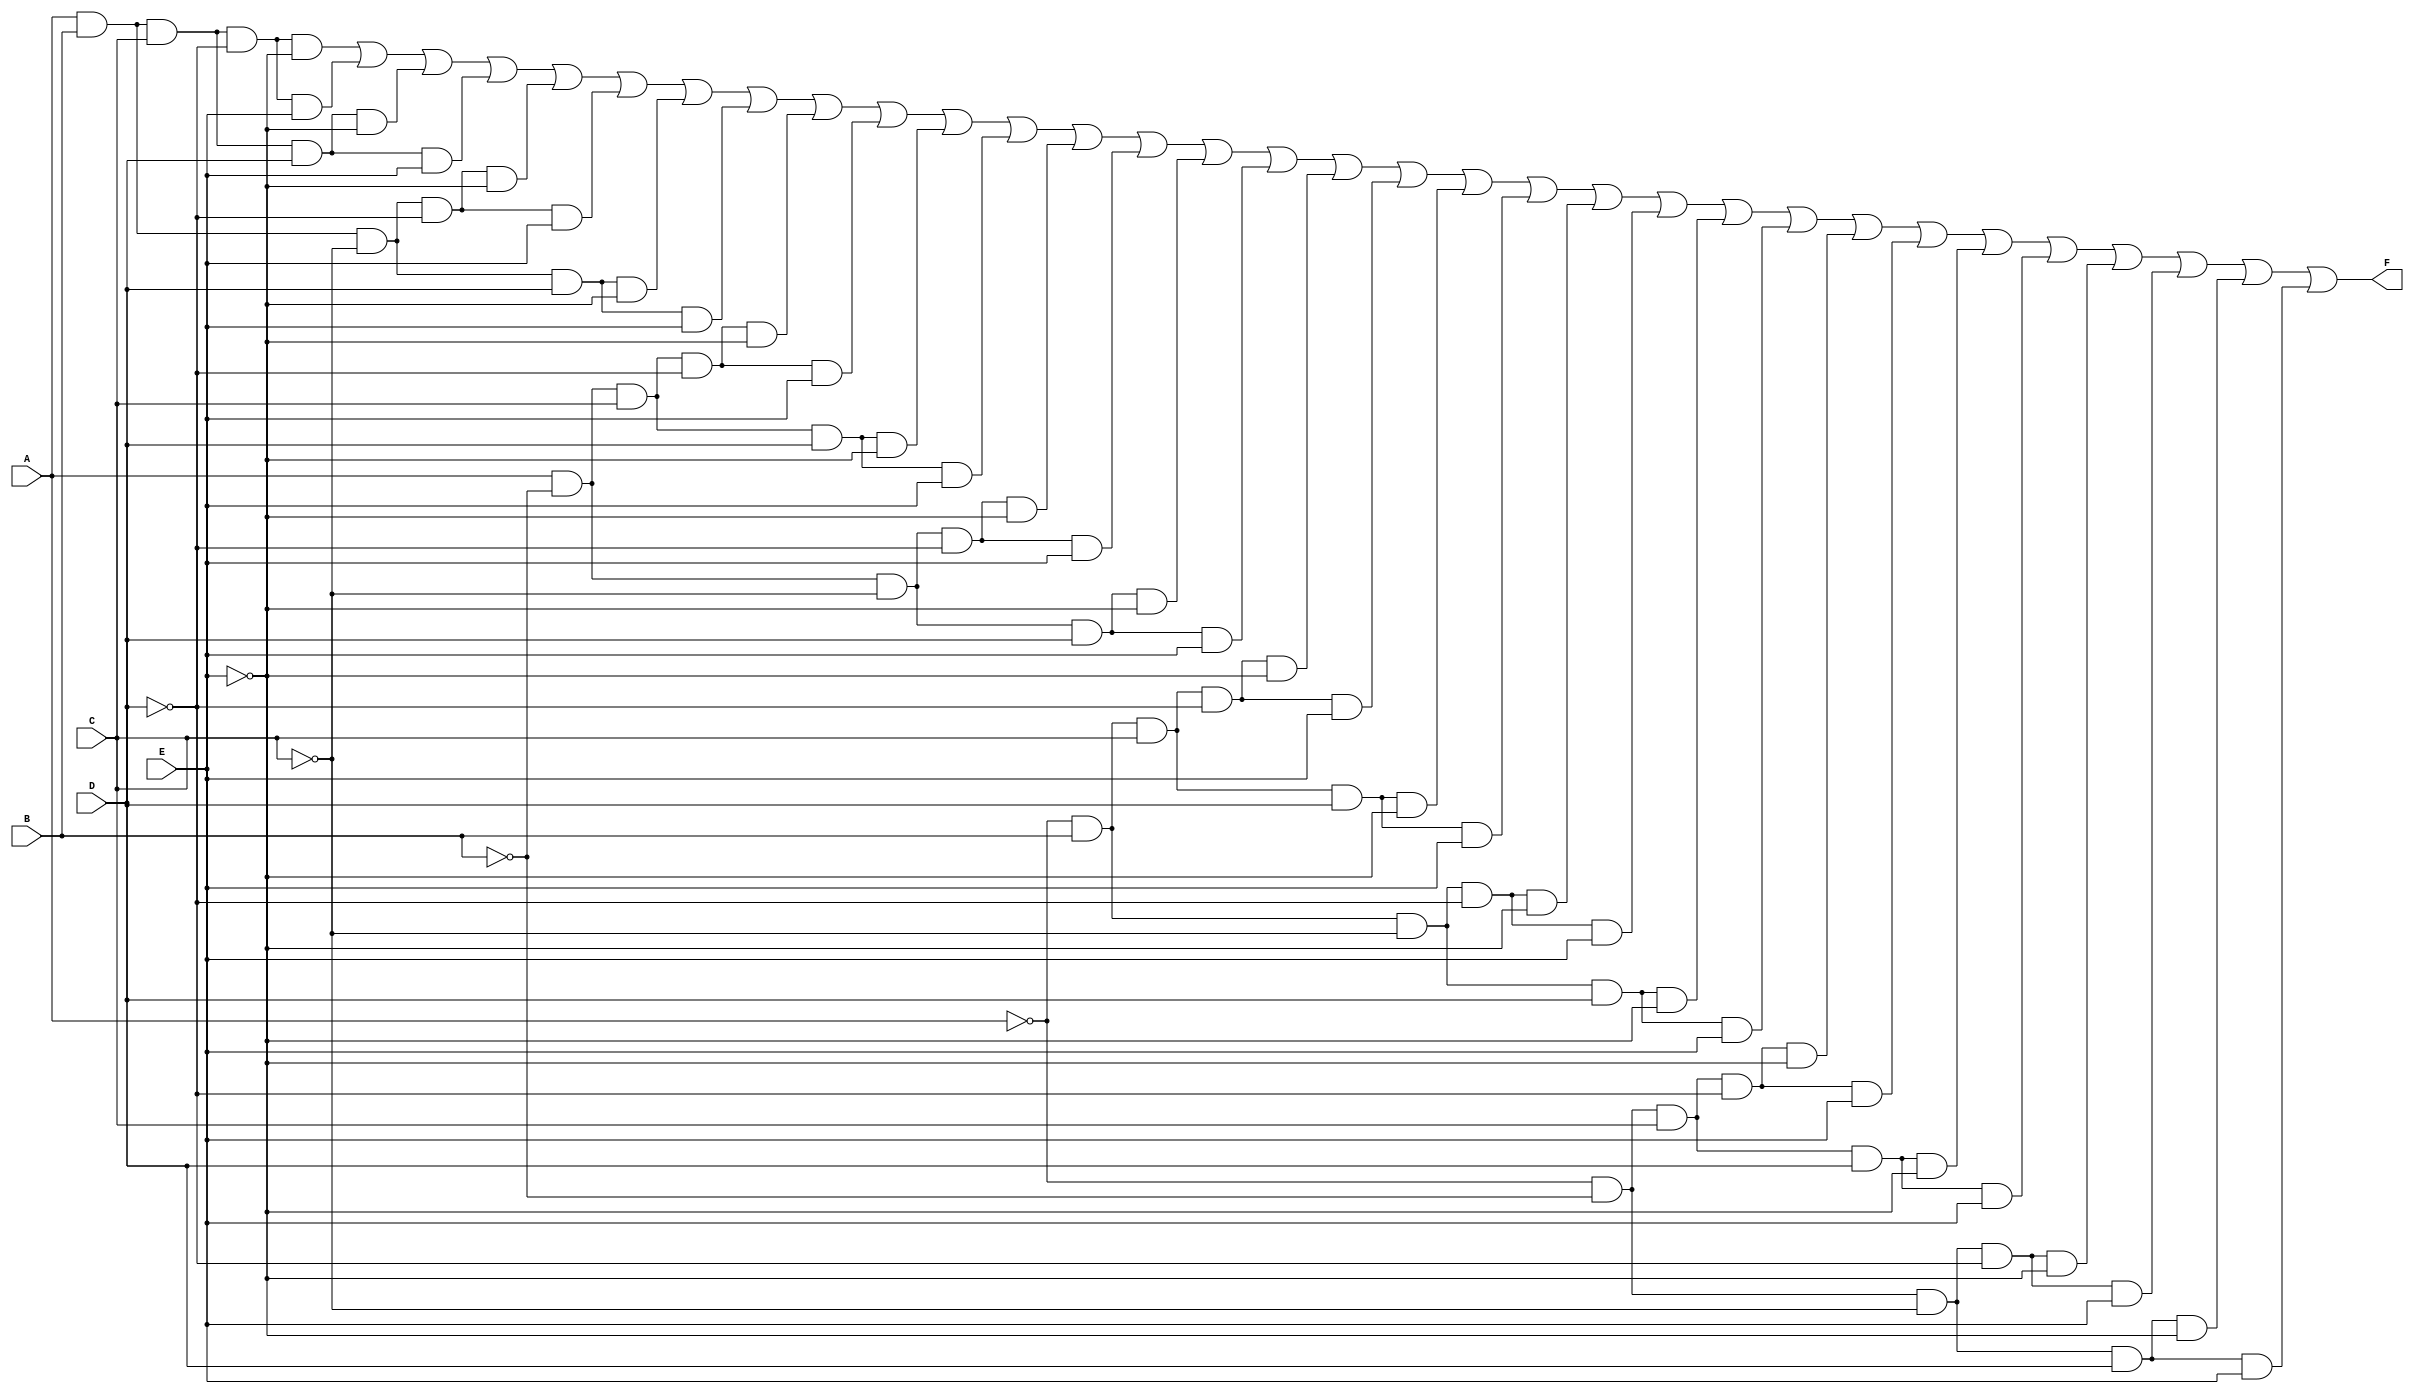
module kmap_5var (
    input wire A,  // Input variable A
    input wire B,  // Input variable B
    input wire C,  // Input variable C
    input wire D,  // Input variable D
    input wire E,  // Input variable E
    output wire F  // Output function F
);

// K-map implementation
assign F = 
    (A & B & C & ~D & ~E) | // Cell 0
    (A & B & C & ~D & E)  | // Cell 1
    (A & B & C & D & ~E)  | // Cell 2
    (A & B & C & D & E)   | // Cell 3
    (A & B & ~C & ~D & ~E) | // Cell 4
    (A & B & ~C & ~D & E)  | // Cell 5
    (A & B & ~C & D & ~E)  | // Cell 6
    (A & B & ~C & D & E)   | // Cell 7
    (A & ~B & C & ~D & ~E) | // Cell 8
    (A & ~B & C & ~D & E)  | // Cell 9
    (A & ~B & C & D & ~E)  | // Cell 10
    (A & ~B & C & D & E)   | // Cell 11
    (A & ~B & ~C & ~D & ~E) | // Cell 12
    (A & ~B & ~C & ~D & E)  | // Cell 13
    (A & ~B & ~C & D & ~E)  | // Cell 14
    (A & ~B & ~C & D & E)   | // Cell 15
    (~A & B & C & ~D & ~E)  | // Cell 16
    (~A & B & C & ~D & E)   | // Cell 17
    (~A & B & C & D & ~E)   | // Cell 18
    (~A & B & C & D & E)    | // Cell 19
    (~A & B & ~C & ~D & ~E) | // Cell 20
    (~A & B & ~C & ~D & E)  | // Cell 21
    (~A & B & ~C & D & ~E)  | // Cell 22
    (~A & B & ~C & D & E)   | // Cell 23
    (~A & ~B & C & ~D & ~E) | // Cell 24
    (~A & ~B & C & ~D & E)  | // Cell 25
    (~A & ~B & C & D & ~E)  | // Cell 26
    (~A & ~B & C & D & E)   | // Cell 27
    (~A & ~B & ~C & ~D & ~E) | // Cell 28
    (~A & ~B & ~C & ~D & E)  | // Cell 29
    (~A & ~B & ~C & D & ~E)  | // Cell 30
    (~A & ~B & ~C & D & E);   // Cell 31

endmodule